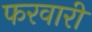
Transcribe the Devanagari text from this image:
फरवारी